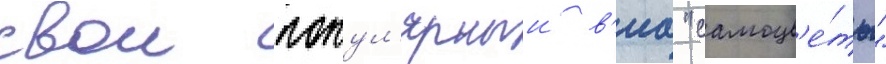
свои попул'ярныи в'иа "самоцв'е́ты"